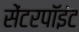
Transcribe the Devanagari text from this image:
सेंटरपॉइंट